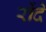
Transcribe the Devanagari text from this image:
रोंदे